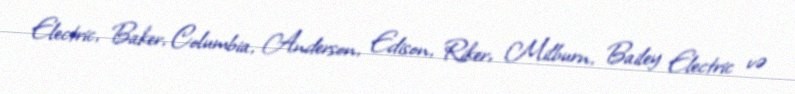
Electric, Baker, Columbia, Anderson, Edison, Riker, Milburn, Bailey Electric və